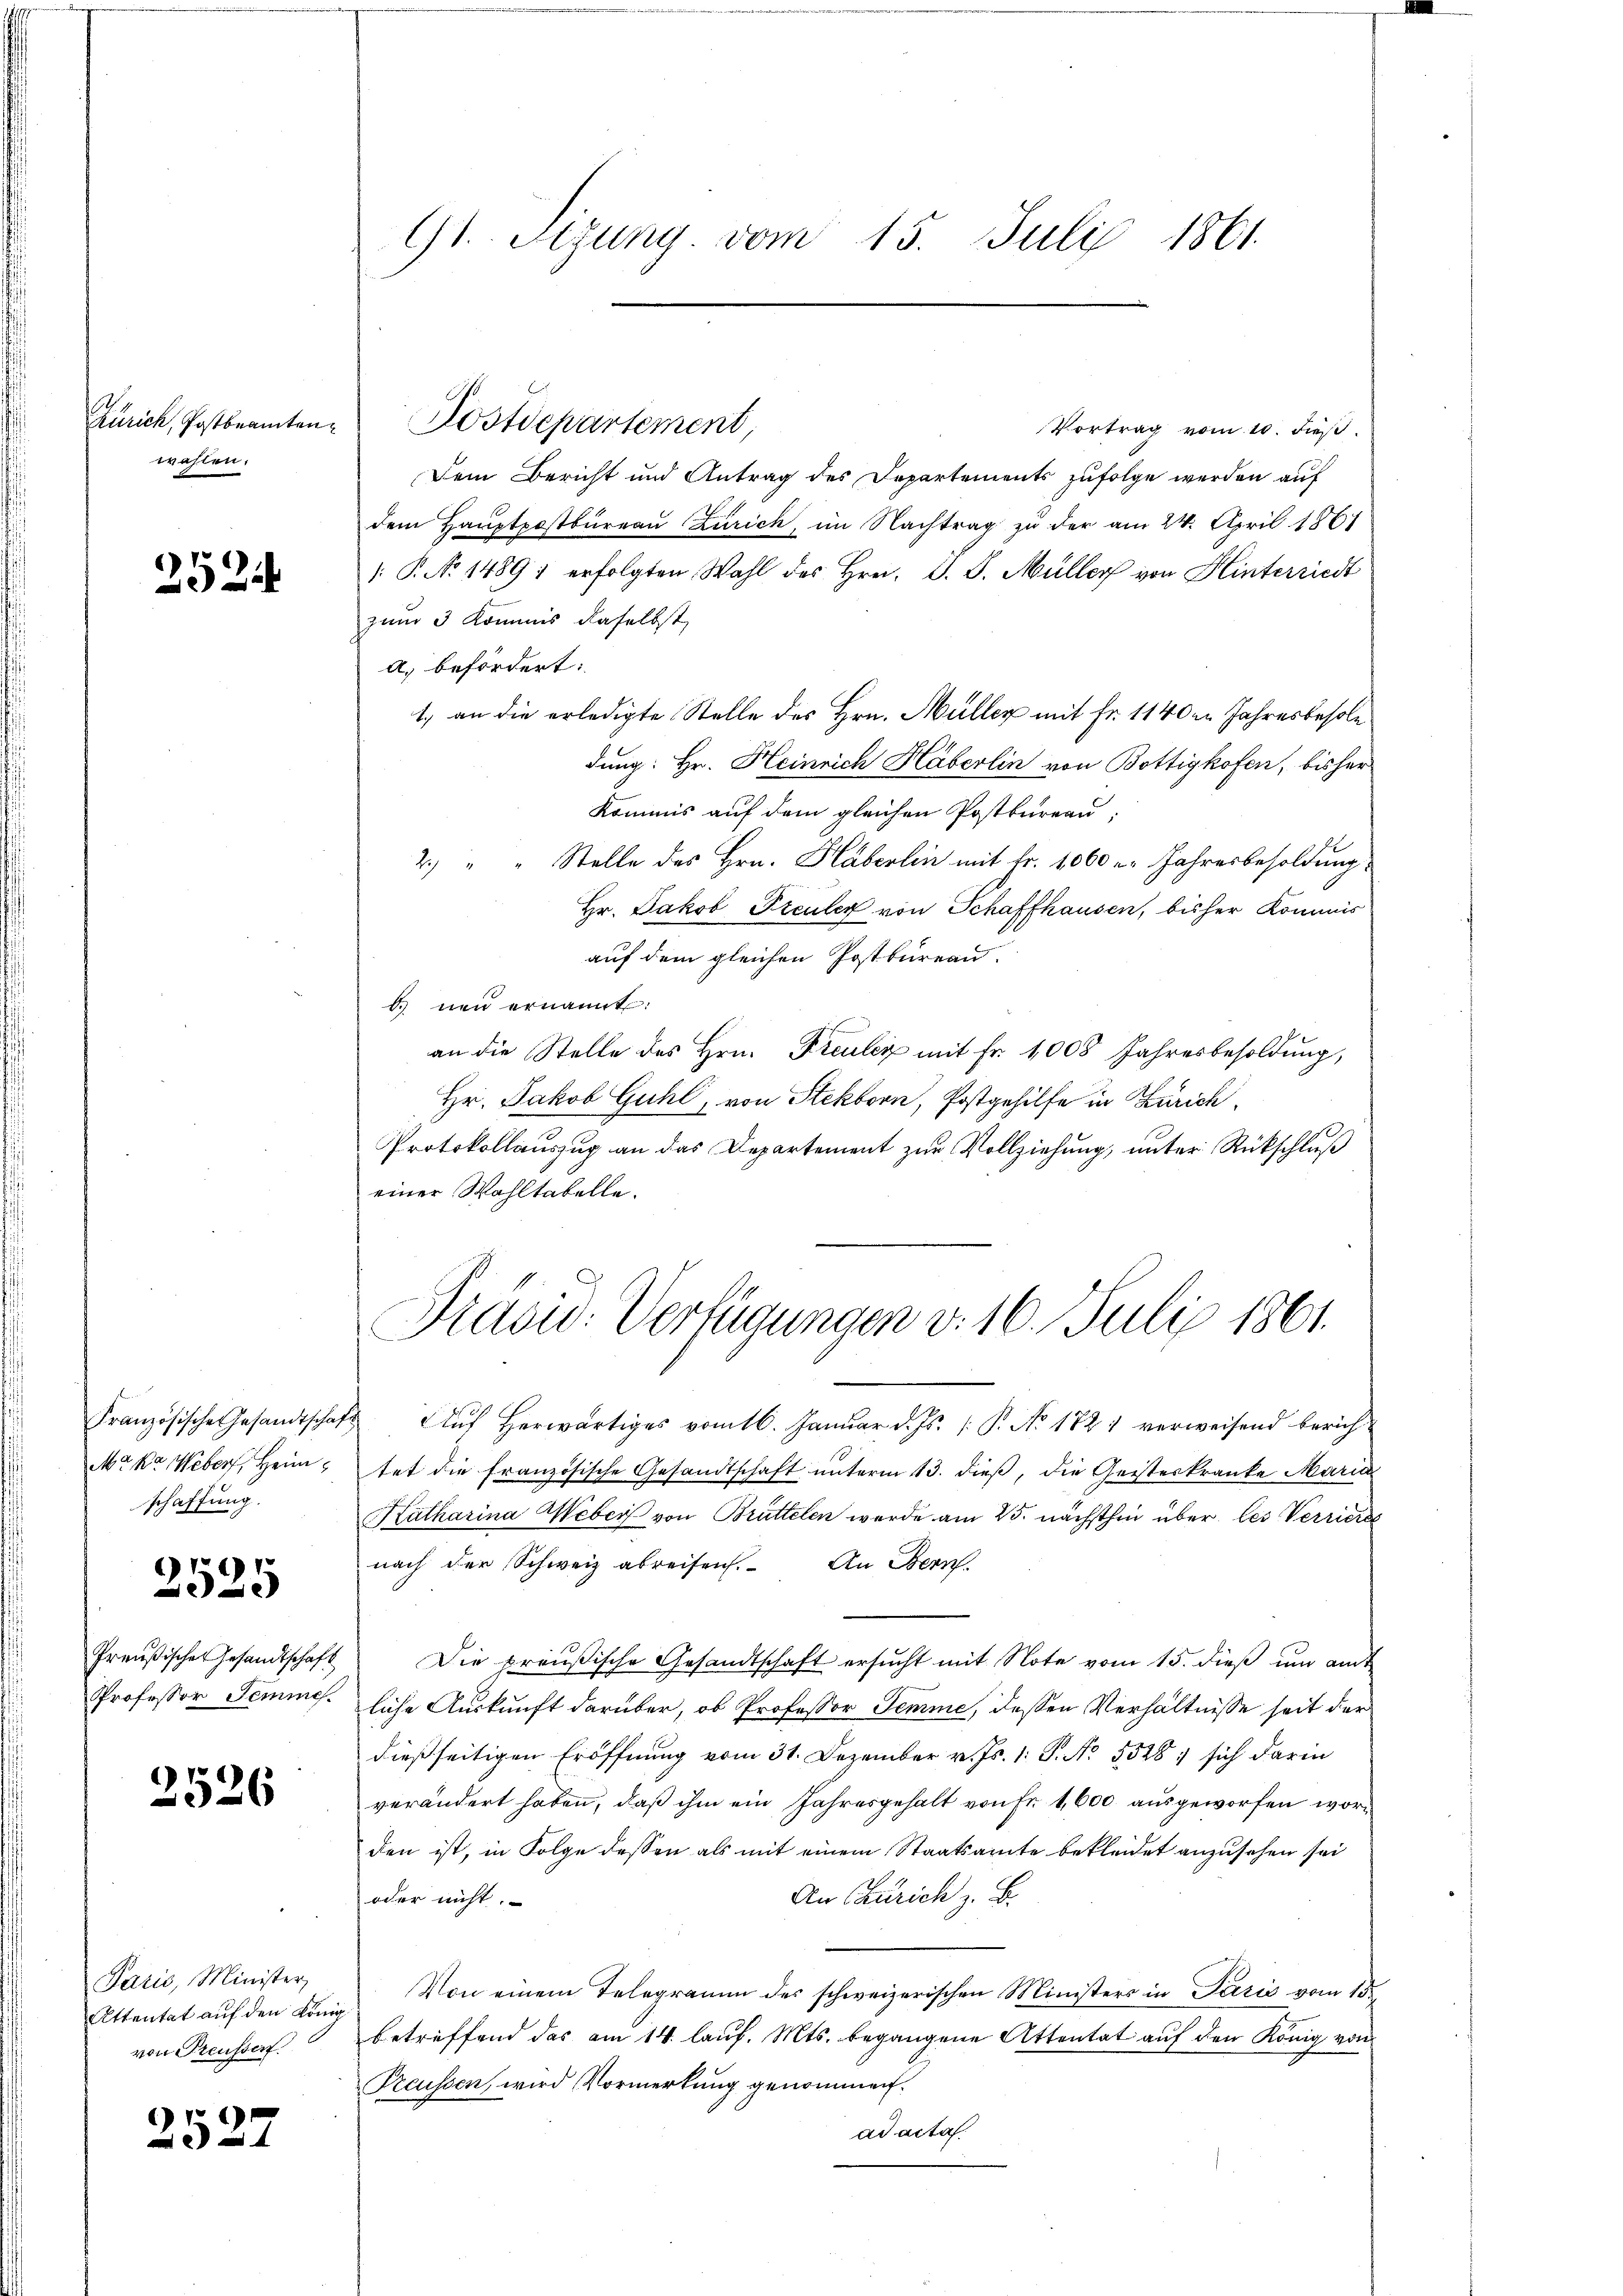
Zürich, Postbeamten
wahlen.

2524

schaffung.

2525

2526

Paris, Minister,
Attentat auf den König.
von Preussen.

2527

G1 Sizung vom 15. Juli 1861.

Kostdepartement,
Vortrag vom 10. dieß
Dem Bericht und Antrag des Departements zufolge werden auf
dem Hauptpostbureau Zürich, im Nachtrag zu der am 24. April 1861
: P. No 14891 erfolgten Wahl des Hrn. O. G. Müller von Hinterricht
zum 3 Kommnis daselbst
A. befördert:
1. an die erledigte Stelle des Hrn. Müller mit Fr. 1140 an Jahresbesole
dung: Hr. Heinrich Häberlin von Bottigkofen, bisher
Kommis auf dem gleichen Postkureau-
2.) " " Stelle des Hrn. Häberlin mit Fr. 1060 u. Jahresbesoldung
Hr. Jakob Freuler von Schaffhausen, bisher Kommis
auf dem gleichen Postbureau.
d neu ernannt:
an die Stelle des Hrn. Preuler mit Fr. 1008 Jahresbesoldung,
Hr. Jakob Guhl, von Stekborn, Postgehilfe in Zürich,
Protokollauszug an das Departement zur Vollziehung, unter Rückschluß
einer Wahltatelle.
Präsid. Verfügungen v. 16. Juli 1861.
französische Gesandtschaft Auf herwärtiges vom 16. Januar d. Js. [ P. No 1721 verweisend berich¬
Maka Weber, Heim, tet die französische Gesandtschaft ŭnterm 13. dieß, die Geisteskranke Maria
Katharina Weber von Brüttelen werde am 25. nächsthin über les Verriere
nach der Schweiz abreisen. An Bern.
Preußischer Gesandtschaft Die preußische Gesandtschaft ersŭcht mit Note vom 15. dieβ ŭm amt
Professor Semme. liche Auskunft darüber, ob Professor Temme, dessen Verhältnisse seit der
dießseitigen Eröffnung vom 31. Dezember v. Js. 1. S. No. 5528, sich darin
verändert haben, daß ihm ein Jahresgehalt von Fr. 1,600 ausgeworfen worden ist, in Folge dessen als mit einem Staatsamte bekleidet anzusehen sei
An Zürich z. B.
oder nicht.
Von einem Telegramm des schweizerischen Ministers in Paris vom 15.
betreffend das am 14. lauf. Mts. begangene Attentat auf den König von
Preussen, wird Vormerkung genommen.
ad acta.